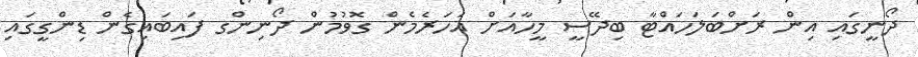
ދޯނީގައި އިން ރަށްބަލަހައްޓާ ބިދޭސީ މީހާއަށް އަހަރެމެން ގޮވުމުން ދޯނިންގ ފައިބައިގެން ޑިންގީގައި